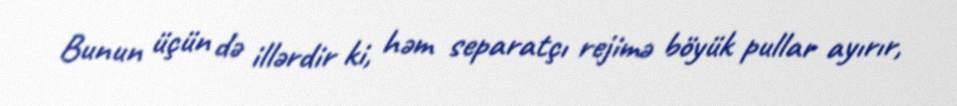
Bunun üçün də illərdir ki, həm separatçı rejimə böyük pullar ayırır,